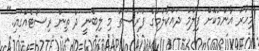
މިހާރު އާންމުކޮށް ފިލްމު ދައްކާލުމުގެ ފުރުސަތު މި ލިބެނީ ދެ ތިން ރިސޯޓެއްގައި."